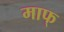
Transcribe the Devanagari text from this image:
माफ्